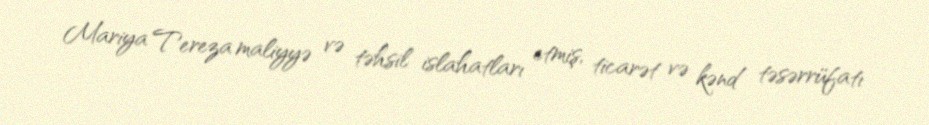
Mariya Tereza maliyyə və təhsil islahatları etmiş, ticarət və kənd təsərrüfatı